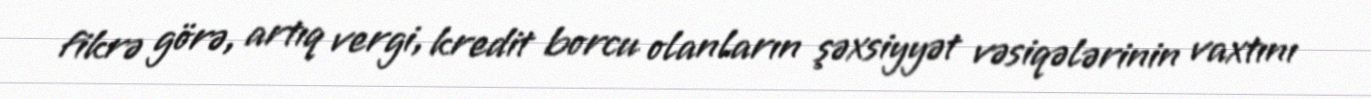
fikrə görə, artıq vergi, kredit borcu olanların şəxsiyyət vəsiqələrinin vaxtını